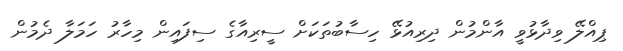
ޕިއްލޭ ވިދާޅުވީ އާންމުން ދިރިއުޅޭ ހިސާބުތަކަށް ސީރިއާގެ ސިފައިން މިހާރު ހަމަލާ ދެމުން